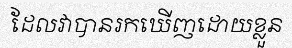
ដែលវាបានរកឃើញដោយខ្លួន